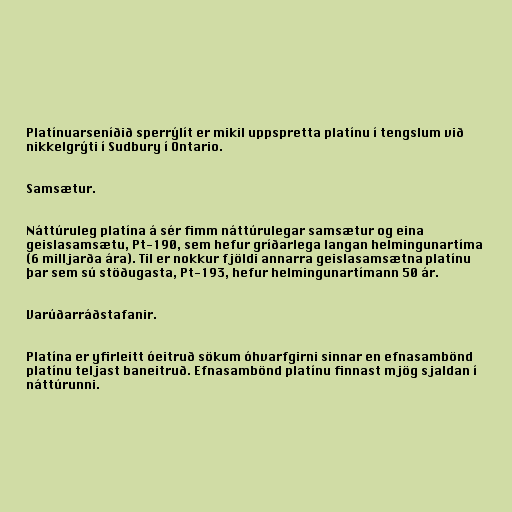
Platínuarseníðið sperrýlít er mikil uppspretta platínu í tengslum við
nikkelgrýti í Sudbury í Ontario.

Samsætur.

Náttúruleg platína á sér fimm náttúrulegar samsætur og eina
geislasamsætu, Pt-190, sem hefur gríðarlega langan helmingunartíma
(6 milljarða ára). Til er nokkur fjöldi annarra geislasamsætna platínu
þar sem sú stöðugasta, Pt-193, hefur helmingunartímann 50 ár.

Varúðarráðstafanir.

Platína er yfirleitt óeitruð sökum óhvarfgirni sinnar en efnasambönd
platínu teljast baneitruð. Efnasambönd platínu finnast mjög sjaldan í
náttúrunni.